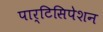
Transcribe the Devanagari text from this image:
पार्टिसिपेशन